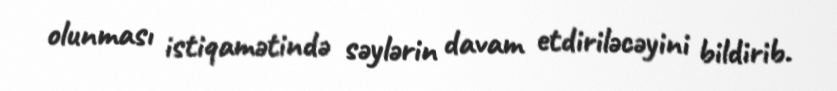
olunması istiqamətində səylərin davam etdiriləcəyini bildirib.